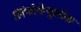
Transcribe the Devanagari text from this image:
लिंफोग्रेन्युलोमा